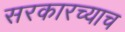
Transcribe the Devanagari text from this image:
सरकारच्याच